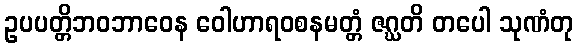
ဥပပတ္တိဘဝဘာဝေန ဝေါဟာရဝစနမတ္တံ ဇဂ္ဃတိ တပေါ သုဏံတု